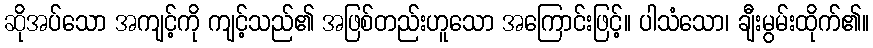
ဆိုအပ်သော အကျင့်ကို ကျင့်သည်၏ အဖြစ်တည်းဟူသော အကြောင်းဖြင့်။ ပါသံသော၊ ချီးမွမ်းထိုက်၏။